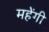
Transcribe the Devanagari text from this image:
महेंगी